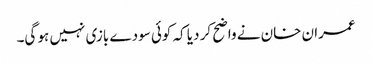
عمران خان نے واضح کر دیا کہ کوئی سودے بازی نہیں ہو گی۔